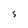
Character: 5